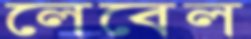
লেবেল